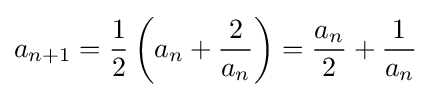
a_{n+1}={\frac {1}{2}}\left(a_{n}+{\dfrac {2}{a_{n}}}\right)={\frac {a_{n}}{2}}+{\frac {1}{a_{n}}}